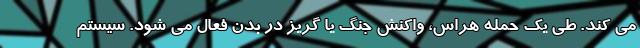
می کند. طی یک حمله هراس، واکنش جنگ یا گریز در بدن فعال می شود. سیستم